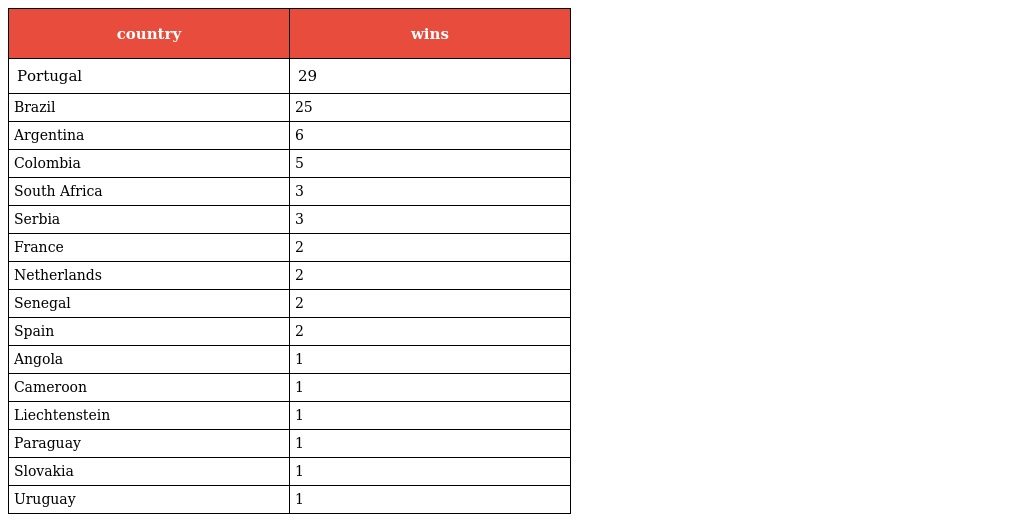
| country | wins |
 | --- | --- |
 | Portugal | 29 |
 | Brazil | 25 |
 | Argentina | 6 |
 | Colombia | 5 |
 | South Africa | 3 |
 | Serbia | 3 |
 | France | 2 |
 | Netherlands | 2 |
 | Senegal | 2 |
 | Spain | 2 |
 | Angola | 1 |
 | Cameroon | 1 |
 | Liechtenstein | 1 |
 | Paraguay | 1 |
 | Slovakia | 1 |
 | Uruguay | 1 |